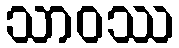
သာဝဿ